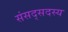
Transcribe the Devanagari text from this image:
संसद्सदस्य